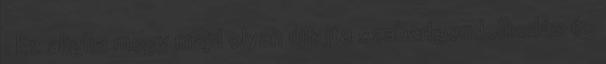
. Ez aligha megy majd olyan újfajta szabadgondolkodás és